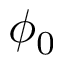
\phi _ { 0 }